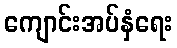
ကျောင်းအပ်နှံရေး